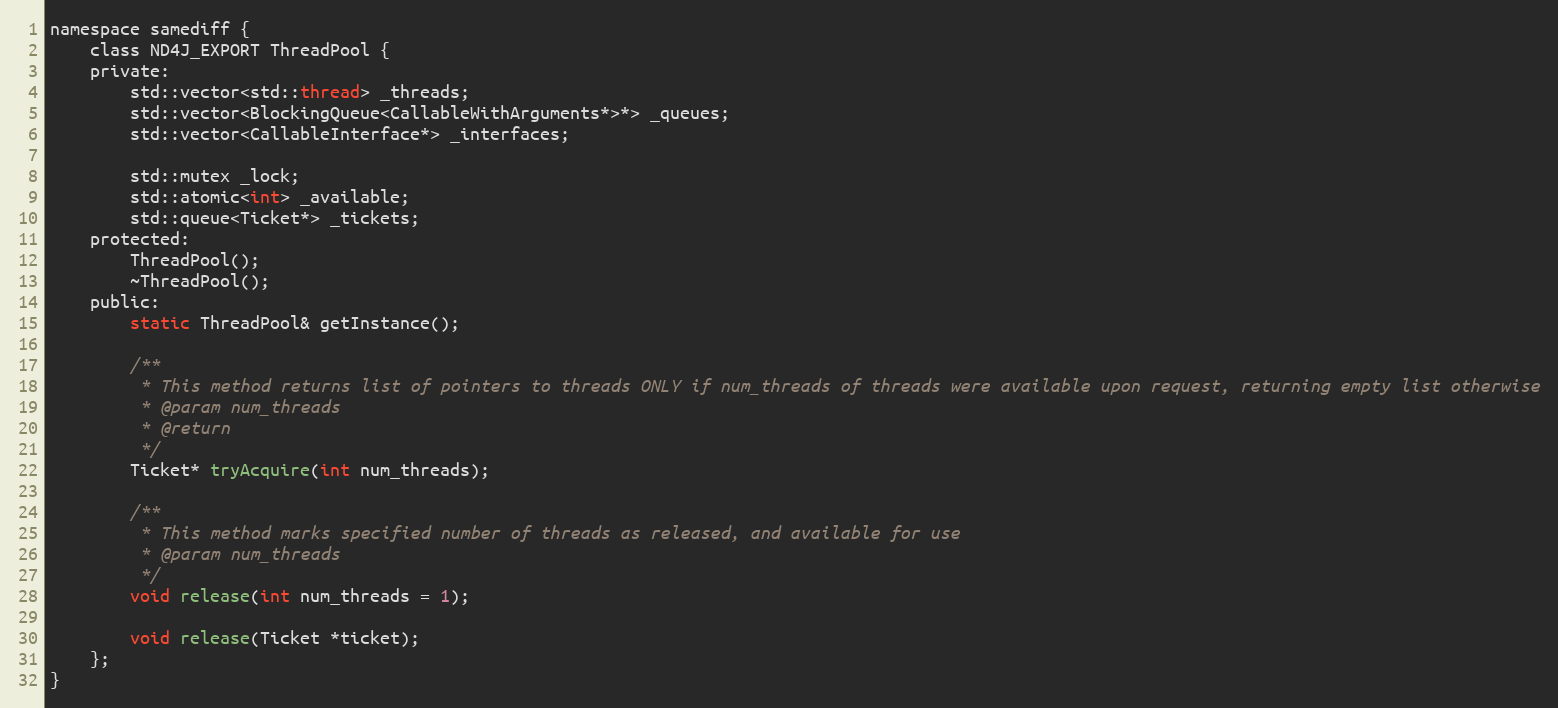
Language: C
namespace samediff {
    class ND4J_EXPORT ThreadPool {
    private:
        std::vector<std::thread> _threads;
        std::vector<BlockingQueue<CallableWithArguments*>*> _queues;
        std::vector<CallableInterface*> _interfaces;

        std::mutex _lock;
        std::atomic<int> _available;
        std::queue<Ticket*> _tickets;
    protected:
        ThreadPool();
        ~ThreadPool();
    public:
        static ThreadPool& getInstance();

        /**
         * This method returns list of pointers to threads ONLY if num_threads of threads were available upon request, returning empty list otherwise
         * @param num_threads
         * @return
         */
        Ticket* tryAcquire(int num_threads);

        /**
         * This method marks specified number of threads as released, and available for use
         * @param num_threads
         */
        void release(int num_threads = 1);

        void release(Ticket *ticket);
    };
}